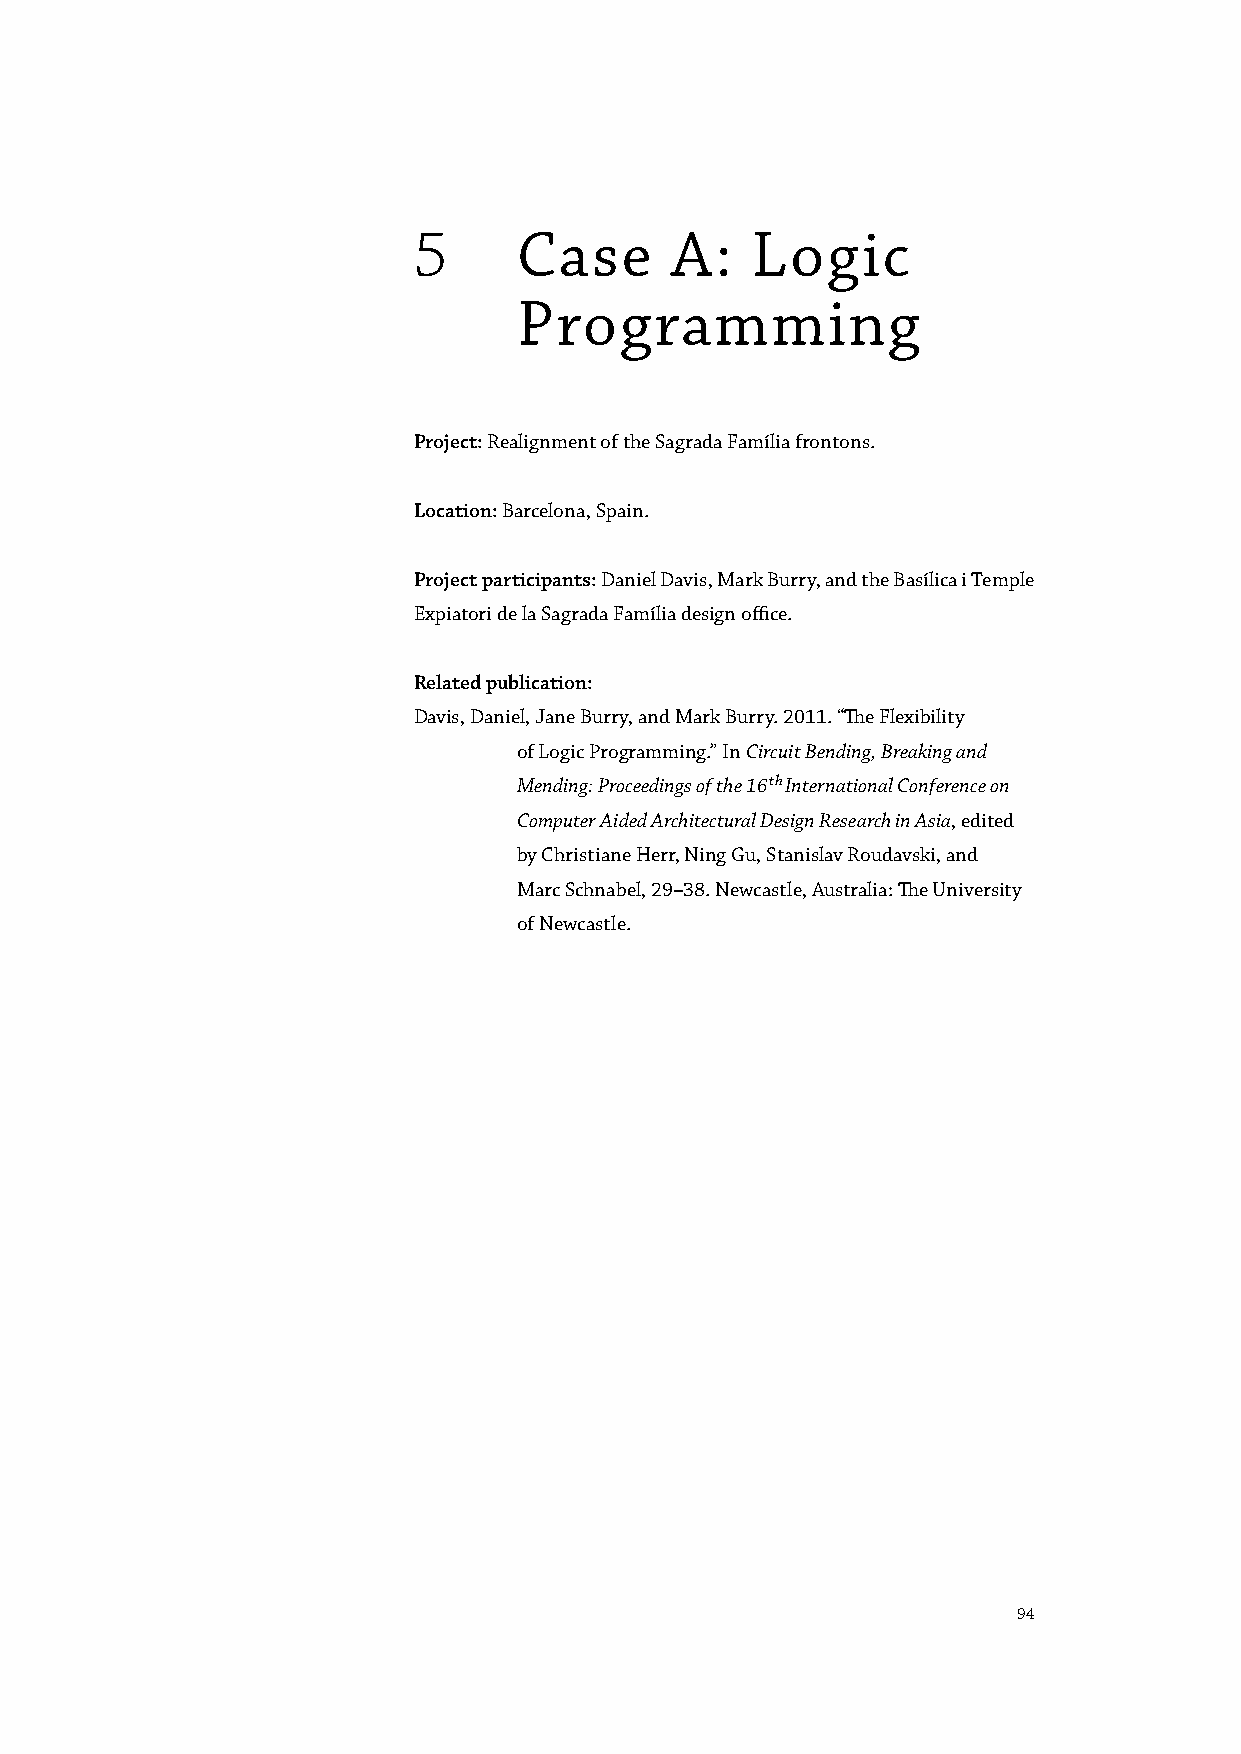
5      Case      A:    Logic
 Programming
 Project: Realignment of the Sagrada Família frontons.
 Location: Barcelona, Spain.
 Project participants: Daniel Davis, Mark Burry, and the Basílica i Temple
 Expiatori de la Sagrada Família design office.
 Related publication:
 Davis, Daniel, Jane Burry, and Mark Burry. 2011. “The Flexibility
 of Logic Programming.” In Circuit Bending, Breaking and
 Mending: Proceedings of the 16th International Conference on
 Computer Aided Architectural Design Research in Asia, edited
 by Christiane Herr, Ning Gu, Stanislav Roudavski, and
 Marc Schnabel, 29–38. Newcastle, Australia: The University
 of Newcastle.
 94